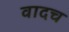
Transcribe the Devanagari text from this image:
वादच